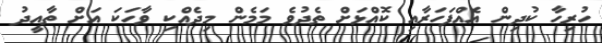
ހުރިހާ ކުދިން އެއްފަހަރާއި ކޮއްޅަށް ތެދުވެ މަމެން މިދެއްކި ވާހަކަ އަށް ތާއީދު